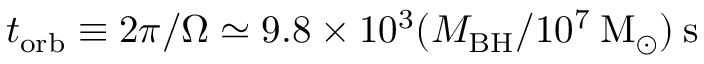
t _ { \mathrm { o r b } } \equiv 2 \pi / \Omega \simeq 9 . 8 \times 1 0 ^ { 3 } ( M _ { \mathrm { B H } } / 1 0 ^ { 7 } \: \mathrm { M } _ { \odot } ) \: \mathrm { { s } }